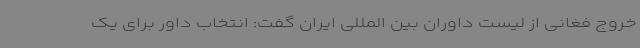
خروج فغانی از لیست داوران بین المللی ایران گفت: انتخاب داور برای یک